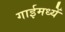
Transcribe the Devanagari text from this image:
गाईमध्यें